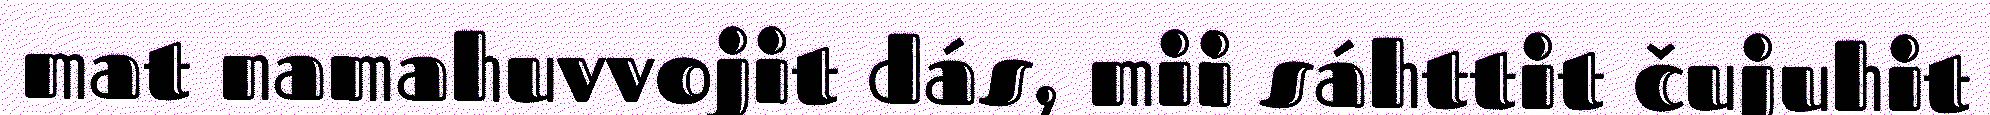
mat namahuvvojit dás, mii sáhttit čujuhit